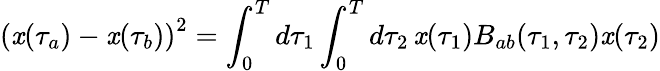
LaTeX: {(\mathit{x}(\tau_{a})-\mathit{x}(\tau_{b}))}^{2}=\int_{0}^{T}d\tau_{1}\int_{0}^{T}d\tau_{2}\, \mathit{x}(\tau_{1})B_{ab}(\tau_{1},\tau_{2})\mathit{x}(\tau_{2})